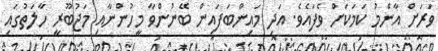
ވަރަށް އާންމު ކަމަކަށް ވެފައެވެ. އަދި މައިންބަފައިން ބޭނުންވާ މީހުންނާއި މަޖުބޫރީ ހާލަތުގައި